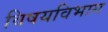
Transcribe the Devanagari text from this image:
विषयविभाग